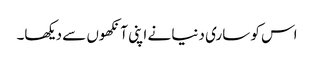
اس کو ساری دنیا نے اپنی آنکھوں سے دیکھا۔